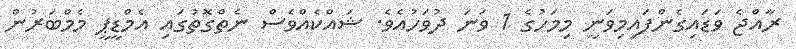
ރާއްޖެ ވަޑައިގެންފައިމިވަނީ މިމަހުގެ 1 ވަނަ ދުވަހުއެވެ. ޝައްކެއްވެސް ނެތްގޮތުގައި އެމްޑީޕީ މެމްބަރުން